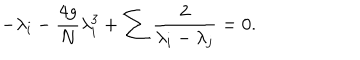
- \lambda _ { i } - { \frac { 4 g } { N } } \lambda _ { i } ^ { 3 } + \sum { \frac { 2 } { \lambda _ { i } - \lambda _ { j } } } = 0 .